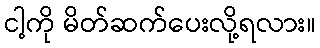
ငါ့ကို မိတ်ဆက်ပေးလို့ရလား။